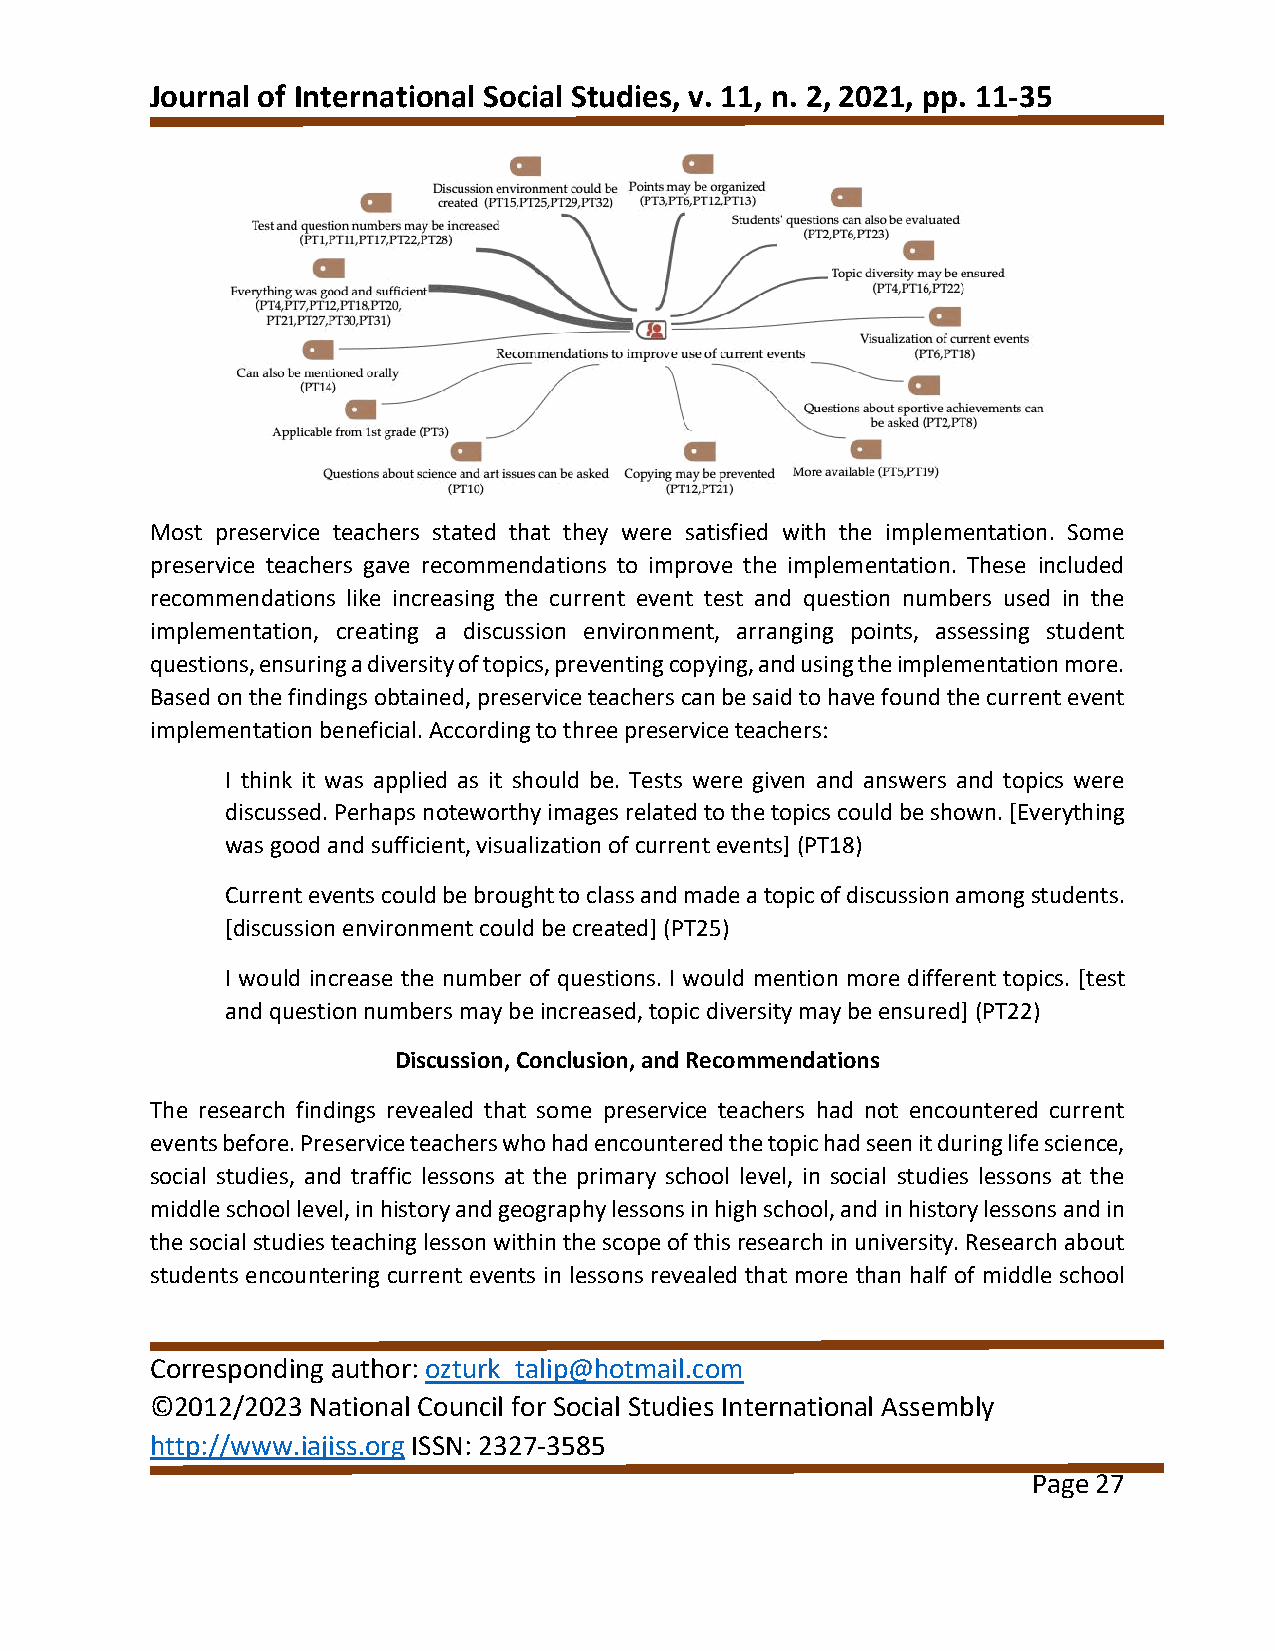
Journal of International Social Studies, v. 11, n. 2, 2021, pp. 11-35
 Most preservice teachers stated that they were satisfied with the implementation. Some
 preservice teachers gave recommendations to improve the implementation. These included
 recommendations like increasing the current event test and question numbers used in the
 implementation, creating a discussion environment, arranging points, assessing student
 questions, ensuring a diversity of topics, preventing copying, and using the implementation more.
 Based on the findings obtained, preservice teachers can be said to have found the current event
 implementation beneficial. According to three preservice teachers:
 I think it was applied as it should be. Tests were given and answers and topics were
 discussed. Perhaps noteworthy images related to the topics could be shown. [Everything
 was good and sufficient, visualization of current events] (PT18)
 Current events could be brought to class and made a topic of discussion among students.
 [discussion environment could be created] (PT25)
 I would increase the number of questions. I would mention more different topics. [test
 and question numbers may be increased, topic diversity may be ensured] (PT22)
 Discussion, Conclusion, and Recommendations
 The research findings revealed that some preservice teachers had not encountered current
 events before. Preservice teachers who had encountered the topic had seen it during life science,
 social studies, and traffic lessons at the primary school level, in social studies lessons at the
 middle school level, in history and geography lessons in high school, and in history lessons and in
 the social studies teaching lesson within the scope of this research in university. Research about
 students encountering current events in lessons revealed that more than half of middle school
 Corresponding author: ozturk_talip@hotmail.com
 ©2012/2023 National Council for Social Studies International Assembly
 http://www.iajiss.org ISSN: 2327-3585
 Page 27